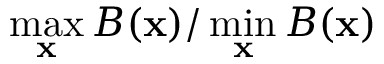
\operatorname* { m a x } _ { \mathbf { x } } { B ( \mathbf { x } ) } / \operatorname* { m i n } _ { \mathbf { x } } { B ( \mathbf { x } ) }